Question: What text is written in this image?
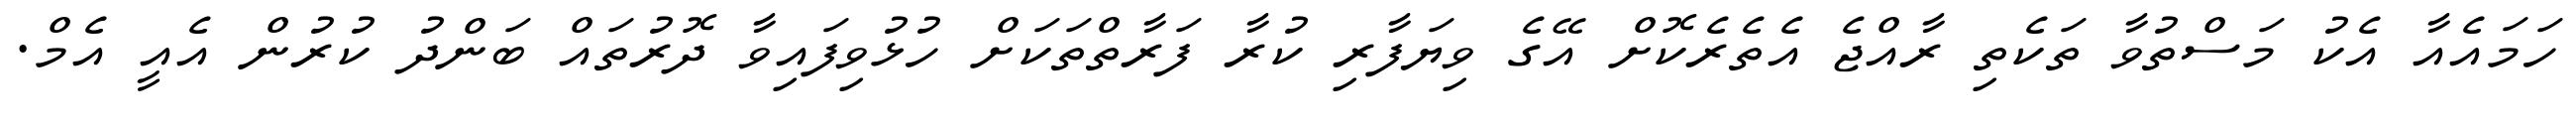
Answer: ހަމައެއާ އެކު މަސްތުވާ ތަކެތި ރާއްޖެ އެތެރެކޮށް އޭގެ ވިޔަފާރި ކުރާ ފަރާތްތަކަށް ހުޅުވިފައިވާ ދޮރުތައް ބަންދު ކުރުން އެއީ އެމް.